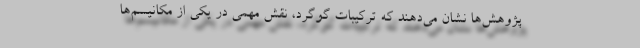
پژوهش‌ها نشان می‌دهند که ترکیبات گوگرد، نقش مهمی در یکی از مکانیسم‌ها